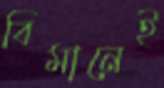
বিমানেই